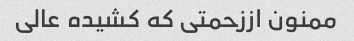
ممنون اززحمتی که کشیده عالی